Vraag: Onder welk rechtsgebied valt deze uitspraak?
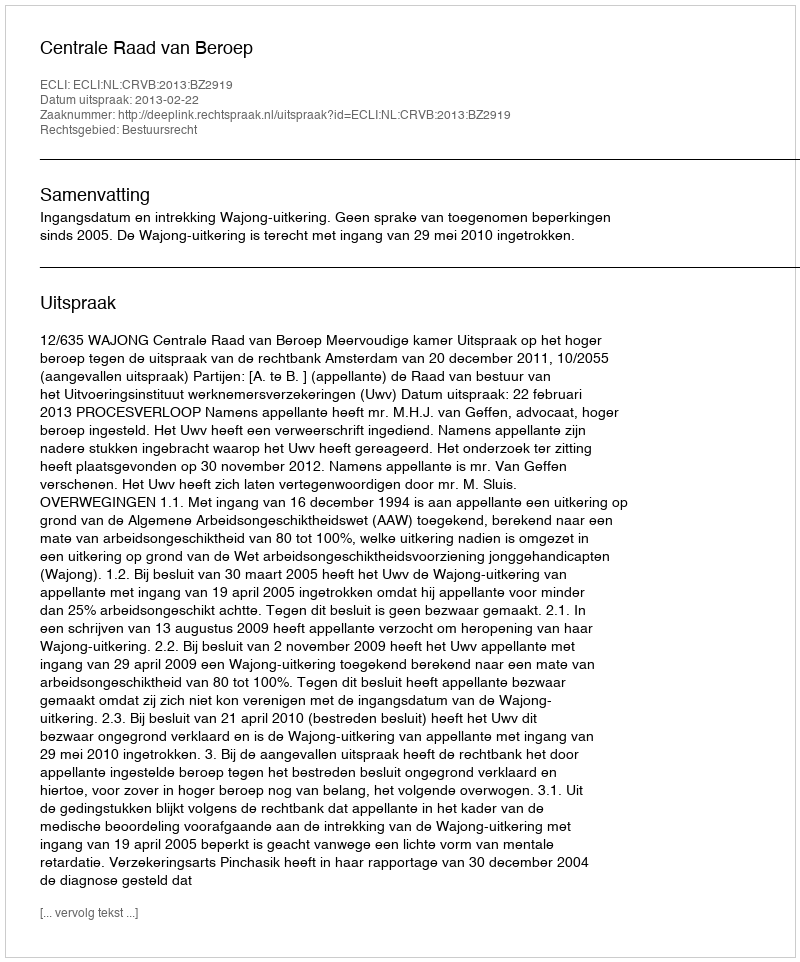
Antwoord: Bestuursrecht